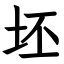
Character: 坯